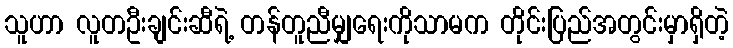
သူဟာ လူတဦးချင်းဆီရဲ့ တန်တူညီမျှရေးကိုသာမက တိုင်းပြည်အတွင်းမှာရှိတဲ့